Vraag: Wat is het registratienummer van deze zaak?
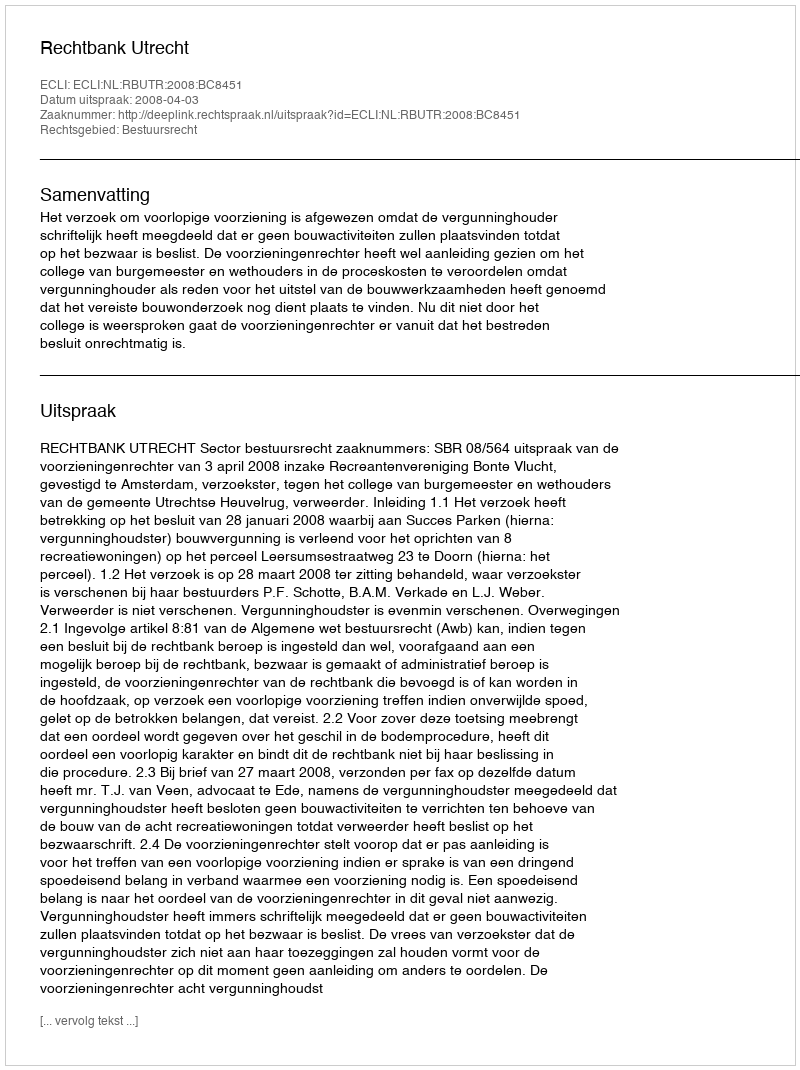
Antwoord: http://deeplink.rechtspraak.nl/uitspraak?id=ECLI:NL:RBUTR:2008:BC8451